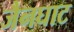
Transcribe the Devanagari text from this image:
जैनघाट